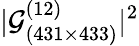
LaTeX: |\mathcal{G}_{(431\times 433)}^{(12)}|^{2}